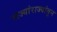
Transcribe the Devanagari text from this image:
राज्यांराज्यांतून